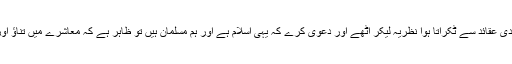
مثلاً اگر کوئی گروہ اسلام کے بنیادی عقائد سے ٹکراتا ہوا نظریہ لیکر اُٹّھے اور دعویٰ کرے کہ یہی اسلام ہے اور ہم مسلمان ہیں تو ظاہر ہے کہ معاشرے میں تناؤ اور سنگین ٹکراؤ کا خطرہ پیدا ہوگا ۔